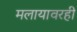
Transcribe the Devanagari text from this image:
मलायावरही